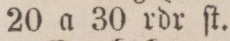
20 a 30 rdr ſt.